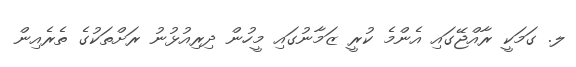
ލ. ގަމަކީ ރާއްޖޭގައި އެންމެ ކުރީ ޒަމާނުގައި މީހުން ދިރިއުޅުނު ރަށްތަކުގެ ތެރެއިން